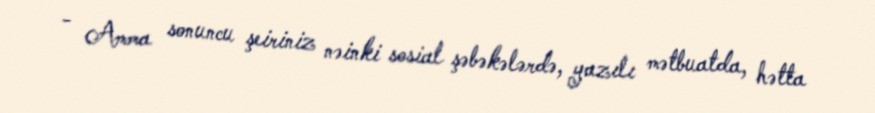
- Amma sonuncu şeiriniz nəinki sosial şəbəkələrdə, yazılı mətbuatda, hətta